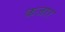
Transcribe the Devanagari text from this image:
कजार